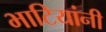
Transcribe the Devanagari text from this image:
भाटियांनी